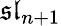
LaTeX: {\mathfrak{sl}}_{n+1}